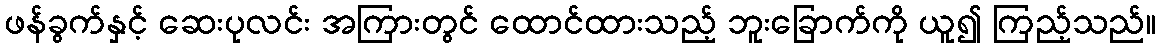
ဖန်ခွက်နှင့် ဆေးပုလင်း အကြားတွင် ထောင်ထားသည့် ဘူးခြောက်ကို ယူ၍ ကြည့်သည်။